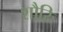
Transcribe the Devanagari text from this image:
शौरिः